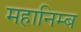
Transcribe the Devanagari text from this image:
महानिम्ब